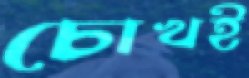
চোখই